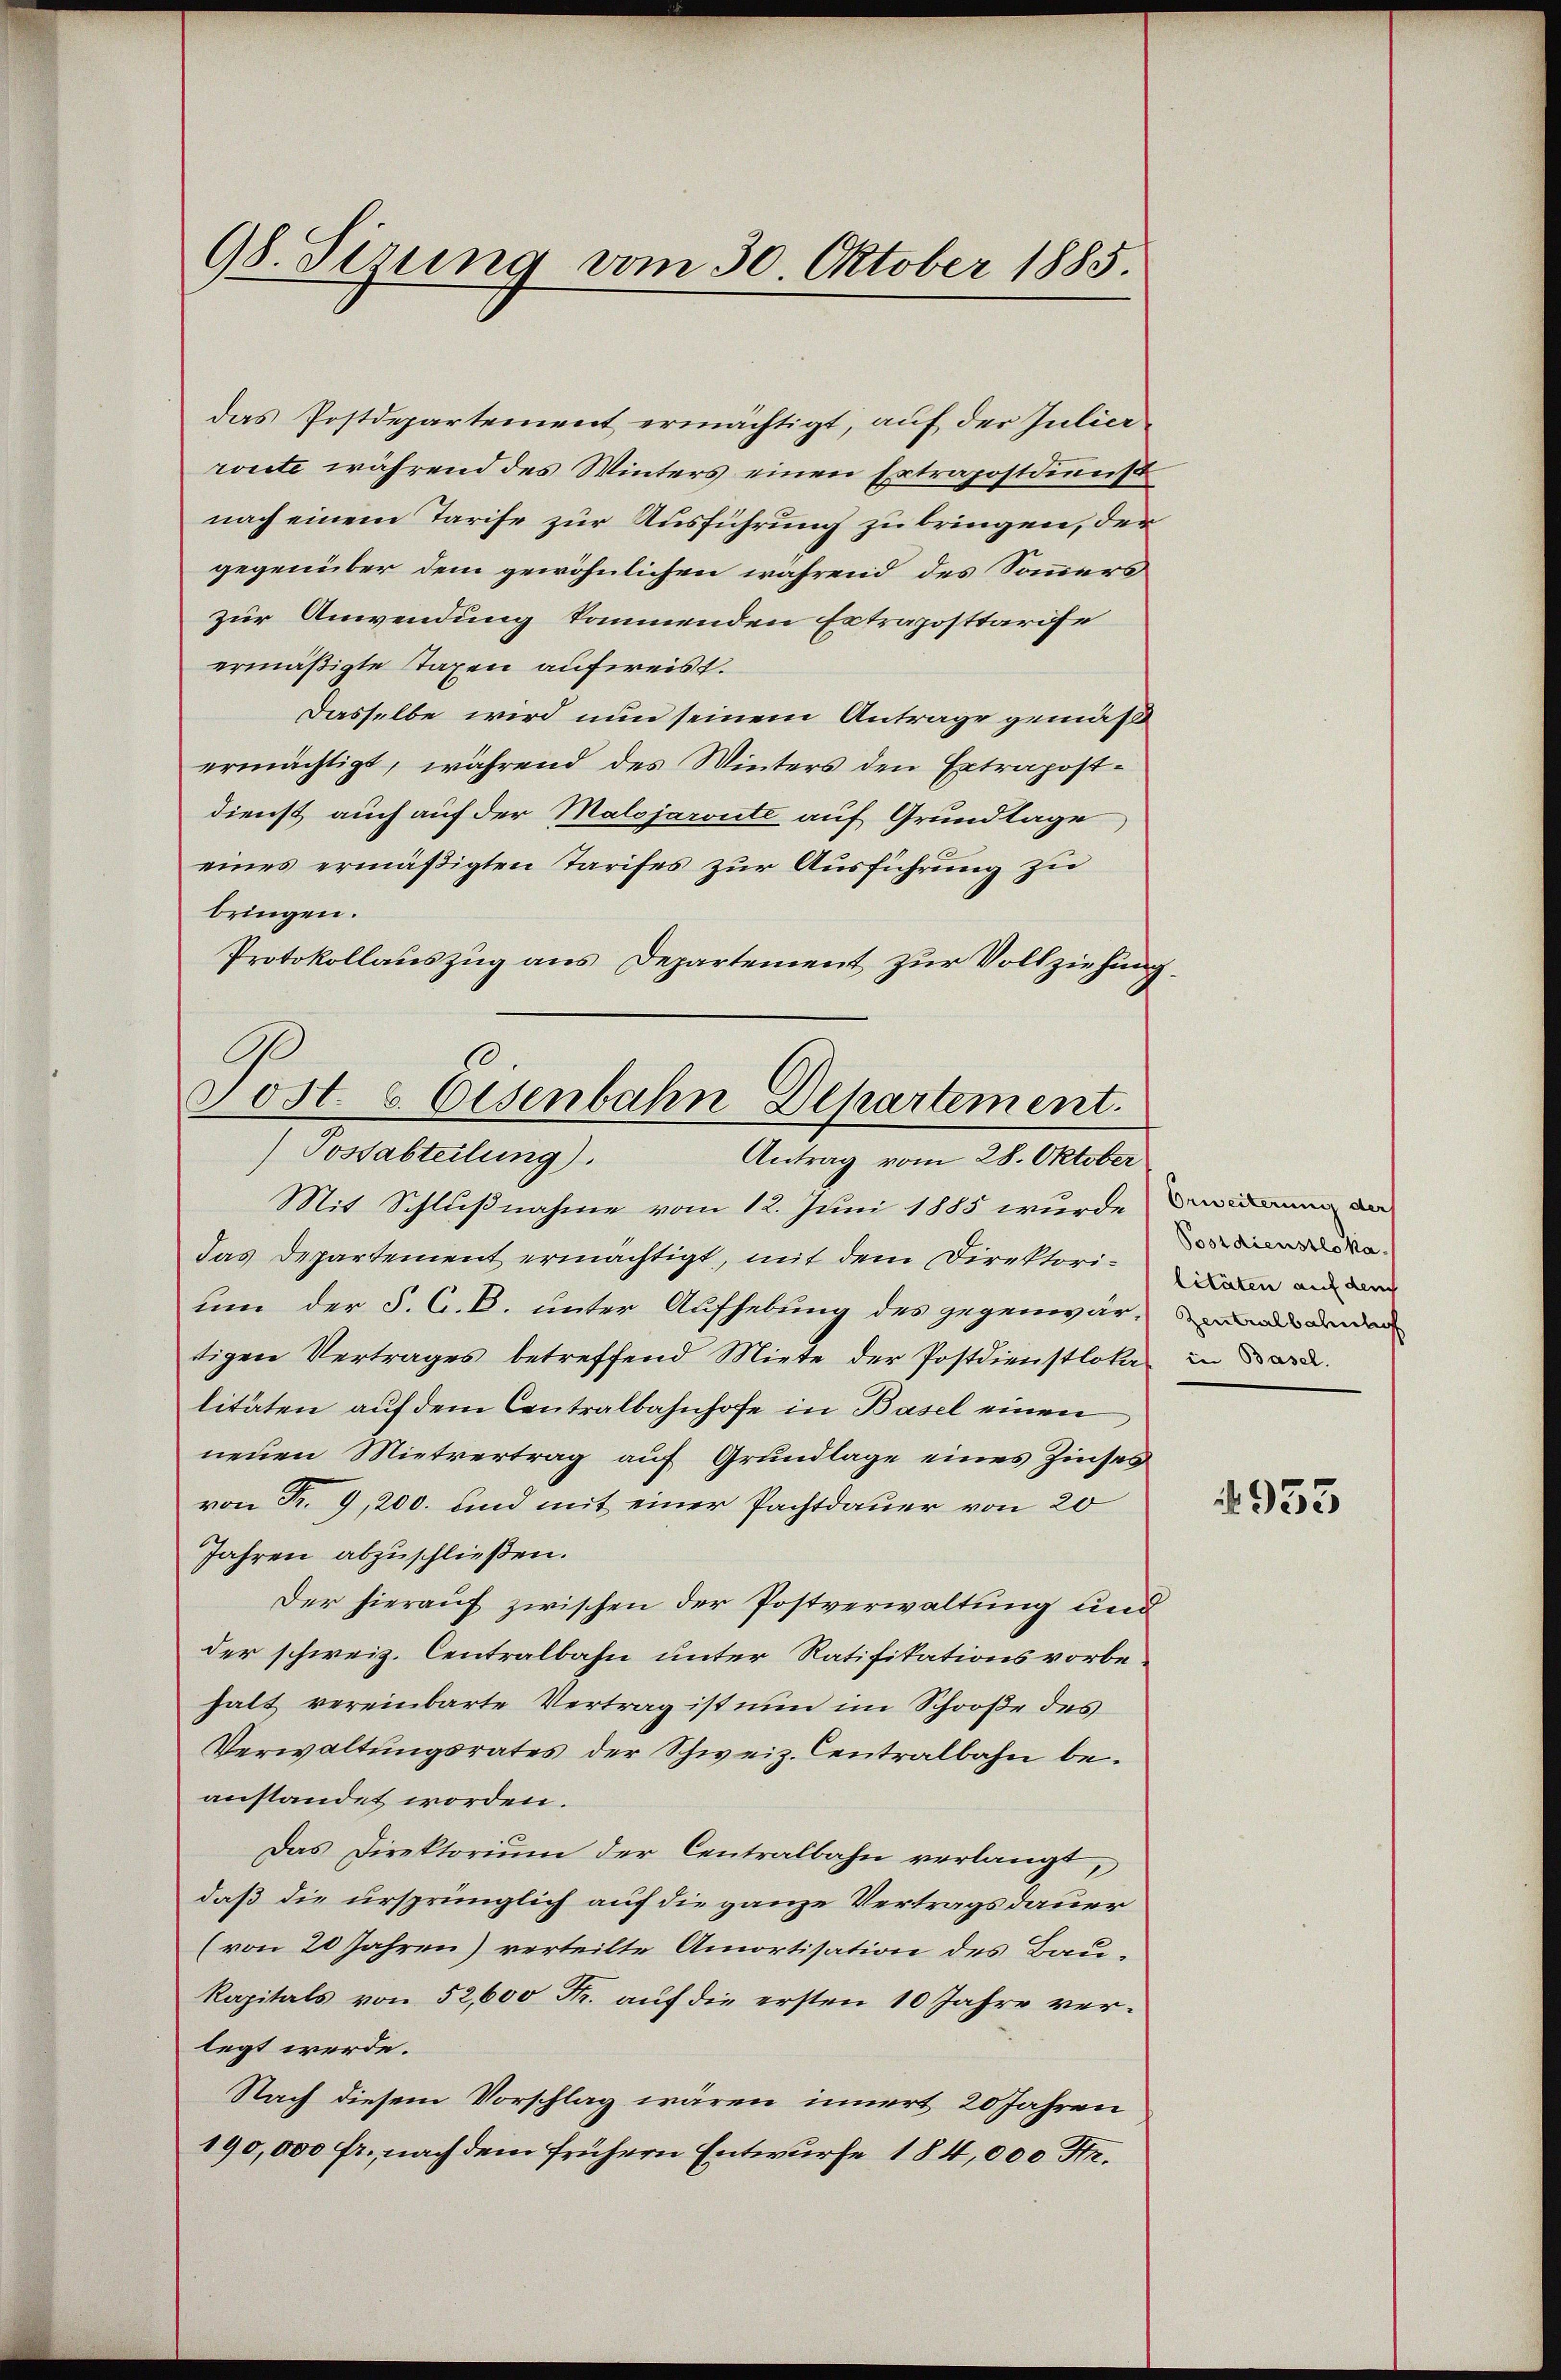
98. Sirung vom 30. Oktober 1885.

das Postdepartement ermächtigt, auf der Julierroute während des Winters einen Ertragostdienst
nach einem Tarife zur Ausführung zu bringen, der
gegenüber dem gewöhnlichen während des Sommers
zur Anwendung kommenden Ertragosttarife
ermäßigte Taxen aufweist.
Dasselbe wird nun seinem Antrage gemäß
ermächtigt, während des Winters den Extrapostdienst auch auf der Malojaroute auf Grundlage
eines ermäßigten Tarifes zur Ausführung zu
bringen.
Protokollauszug aus Departement zur Vollziehung.
C

Sost. 6. Eisenbahn Departement.
Possabteilung).
Antrag vom 28. Oktober

Mit Schlußnahme vom 12. Juni 1885 wurde dir dann da
das Departement ermächtigt, mit dem Direktorien an d
um der S. G. B. unter Aufhebung des gegenwär- der
tigen Vertrages betreffend Miete der Postdienstloka
litäten auf dem Centralbahnhofe in Basel einen
neuen Mietvertrag auf Grundlage eines Zinses
von Fr. 9, 200. und mit einer Pachtdauer von 20
Jahren abzuschließen.
Der hierauf zwischen der Postverwaltung und
der schweiz. Centralbahn unter Ratifikationsvorbehalt vereinbarte Vertrag ist nun im Schooße des
Verwaltungsrates der Schweiz. Centralbahn be-
anstandet worden.
Das Direktorium der Centralbahn verlangt
daß die ursprünglich auf die ganze Vertragsdauer
(von 20 Jahren) verteilte Amortisation des Baukapitals von 52,600 Fr. auf die ersten 10 Jahre verlegt werde.
Nach diesem Vorschlag wären innert 20 Jahren
190,000 fr., nach dem frühern Entwurfe 184,000 Fr.

Postdienstloka
in Basel.

953